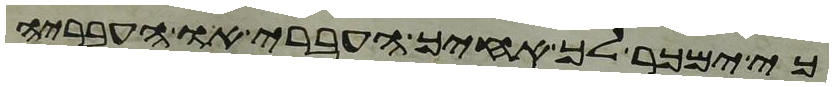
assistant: כי ימכר לך אחיך העברי או העבריה